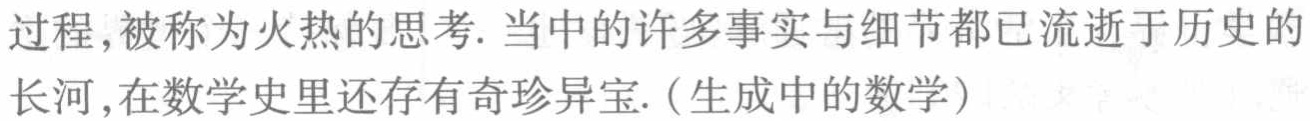
过程,被称为火热的思考. 当中的许多事实与细节都已流逝于历史的长河,在数学史里还存有奇珍异宝.(生成中的数学)